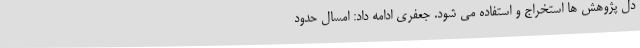
دل پژوهش ها استخراج و استفاده می شود. جعفری ادامه داد: امسال حدود